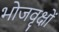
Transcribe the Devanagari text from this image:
भोजवृक्षों